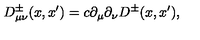
D _ { \mu \nu } ^ { \pm } ( x , x ^ { \prime } ) = c \partial _ { \mu } \partial _ { \nu } D ^ { \pm } ( x , x ^ { \prime } ) ,